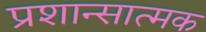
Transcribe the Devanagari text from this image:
प्रशान्सात्मक